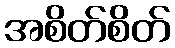
အစိတ်စိတ်